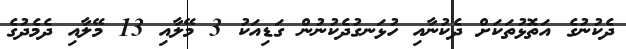
ދެކުނުގެ އަތޮޅުތަކަށް ދެކުނާއި ހުޅަނގުދެކުނުން ގަޑިއަކު 3 މޭލާއި 13 މޭލާއި ދެމެދުގެ